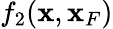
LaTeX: f_{2}({\mathbf x},{\mathbf x}_{F})